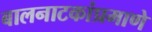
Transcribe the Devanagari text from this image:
बालनाटकांप्रमाणे